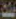
بنت